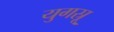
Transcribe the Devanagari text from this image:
युगस्रू